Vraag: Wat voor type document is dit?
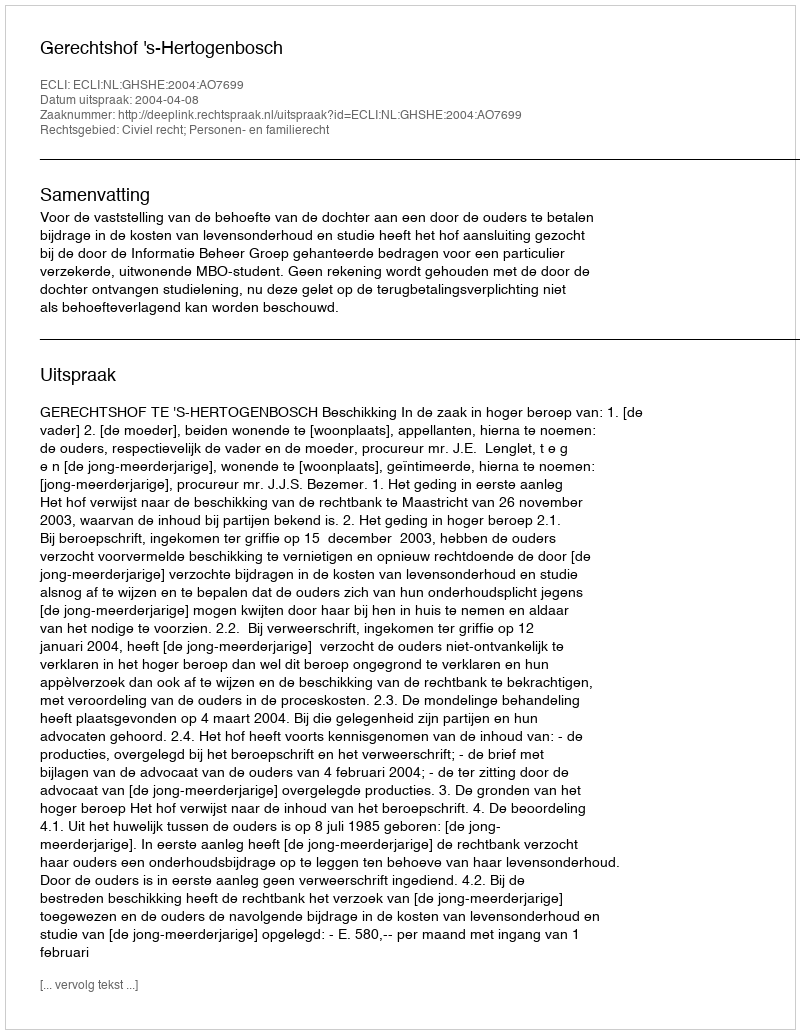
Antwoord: Uitspraak